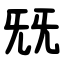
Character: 兓